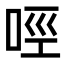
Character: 𠲮